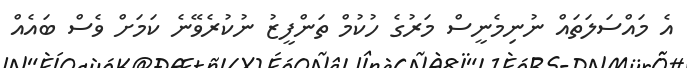
އެ މައްސަލަތައް ނުނިމެނީސް މަރުގެ ހުކުމް ތަންފީޒު ނުކުރެވޭނެ ކަމަށް ވެސް ބައެއް